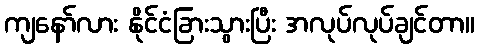
ကျနော်လား နိုင်ငံခြားသွားပြီး အလုပ်လုပ်ချင်တာ။